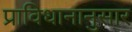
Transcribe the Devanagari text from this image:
प्राविधानानुसार